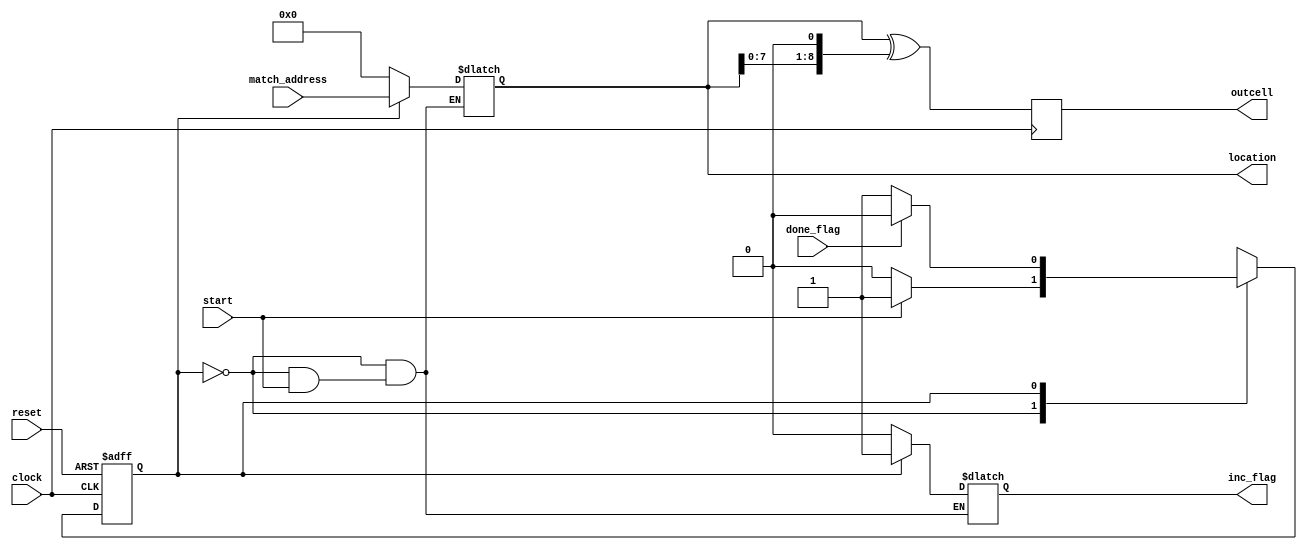
// Verilog file for the fsm for the pattern matching engine

module fsm (clock, reset, start, done_flag, match_address, inc_flag, location,
outcell);  

input clock;		// 100 Mhz clock
input reset;		// resets the fsm
input start;		// starts the search
input [8:0] match_address;	// address for the pattern match

input done_flag;	// signal from compare module saying it has finished
			// its search

output  inc_flag;	// used to increment the address location
output [8:0] location;	// location output for pattern match
output [8:0] outcell;   // A hash on location

reg  [8:0] location, outcell;
reg current_state, next_state;
reg inc_flag;
reg signal;

parameter
   s0 = 0,
   s1 = 1;

always @(posedge clock or negedge reset)
   begin
   if (!reset)
      current_state = s0;
   else
      begin
      current_state = next_state;
      end
   end

always @(current_state or start or done_flag or match_address)
   begin
   case (current_state)
   s0:
      begin
      if (start)
         begin         
         next_state = s1;
	 end
      else
         begin
	 location = 9'd0;
	 inc_flag = 0;
	 next_state = s0;
	 end
      end

   s1:
      begin 
      location = match_address;
      inc_flag = 1;
      if (done_flag) 
         begin	 
	 next_state = s0;
	 end
      else
         begin         
         next_state = s1;
	 end
      end

   endcase
   end

always@(posedge clock)
  outcell = location ^ (location << 1);


always@(done_flag)
  signal = done_flag & (^location[4:2]);

endmodule